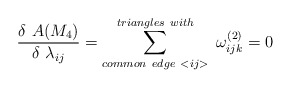
\begin{align*}\frac{\delta~A(M_{4})}{\delta~\lambda_{ij}} = \sum^{triangles~with}_{common~edge~<ij>}~\omega^{(2)}_{ijk}=0\end{align*}